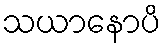
သယာနောပိ